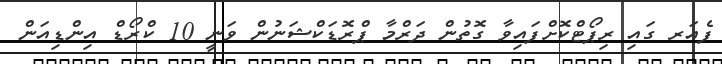
ފެއަރ ގައި ރިޕޯޓްކޮށްފައިވާ ގޮތުން ދަރްމާ ޕްރޮޑަކްޝަނުން ވަނީ 10 ކްރޯޑް އިންޑިއަން